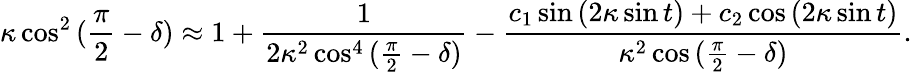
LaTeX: \kappa\cos^{2}{(\frac{\pi}{2}-\delta)}\approx 1+\frac{1}{2\kappa^{2}\cos^{4}{(\frac{\pi}{2}-\delta)}}-\frac{c_{1}\sin{(2\kappa\sin{t})}+c_{2}\cos{(2\kappa\sin{t})}}{\kappa^{2}\cos{(\frac{\pi}{2}-\delta)}}.